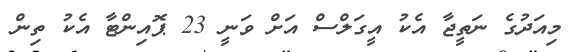
މިއަދުގެ ނަތީޖާ އެކު އީގަލްސް އަށް ވަނީ 23 ޕޮއިންޓާ އެކު ތިން